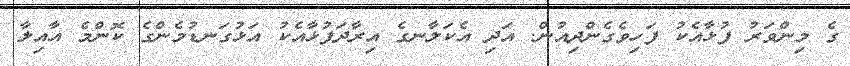
ގެ މިންވަރު ފުޅާއެކު ފަހިވެގެންދިއުން. އަދި އެކަލާނގެ އިރާދަފުޅާއެކު އަޅުގަނޑުމެންގެ ކޮންމެ އާއިލާ